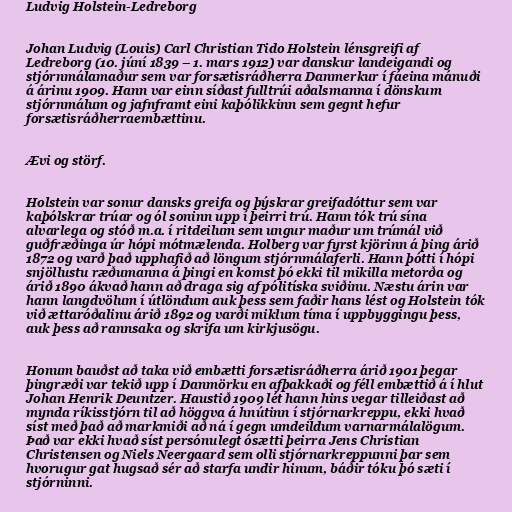
Ludvig Holstein-Ledreborg

Johan Ludvig (Louis) Carl Christian Tido Holstein lénsgreifi af
Ledreborg (10. júní 1839 – 1. mars 1912) var danskur landeigandi og
stjórnmálamaður sem var forsætisráðherra Danmerkur í fáeina mánuði
á árinu 1909. Hann var einn síðast fulltrúi aðalsmanna í dönskum
stjórnmálum og jafnframt eini kaþólikkinn sem gegnt hefur
forsætisráðherraembættinu.

Ævi og störf.

Holstein var sonur dansks greifa og þýskrar greifadóttur sem var
kaþólskrar trúar og ól soninn upp í þeirri trú. Hann tók trú sína
alvarlega og stóð m.a. í ritdeilum sem ungur maður um trúmál við
guðfræðinga úr hópi mótmælenda. Holberg var fyrst kjörinn á þing árið
1872 og varð það upphafið að löngum stjórnmálaferli. Hann þótti í hópi
snjöllustu ræðumanna á þingi en komst þó ekki til mikilla metorða og
árið 1890 ákvað hann að draga sig af pólitíska sviðinu. Næstu árin var
hann langdvölum í útlöndum auk þess sem faðir hans lést og Holstein tók
við ættaróðalinu árið 1892 og varði miklum tíma í uppbyggingu þess,
auk þess að rannsaka og skrifa um kirkjusögu.

Honum bauðst að taka við embætti forsætisráðherra árið 1901 þegar
þingræði var tekið upp í Danmörku en afþakkaði og féll embættið á í hlut
Johan Henrik Deuntzer. Haustið 1909 lét hann hins vegar tilleiðast að
mynda ríkisstjórn til að höggva á hnútinn í stjórnarkreppu, ekki hvað
síst með það að markmiði að ná í gegn umdeildum varnarmálalögum.
Það var ekki hvað síst persónulegt ósætti þeirra Jens Christian
Christensen og Niels Neergaard sem olli stjórnarkreppunni þar sem
hvorugur gat hugsað sér að starfa undir hinum, báðir tóku þó sæti í
stjórninni.